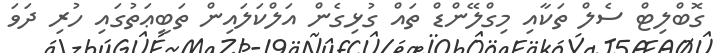
ގޮބްލިޓް ސެލް ތަކާއި މިގްލޭންޑް ތައް ގުޅިގެން އަލްކަލައިން ތަބީޢަތުގައި ހުރި ދަވަ